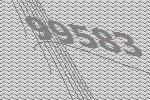
99583